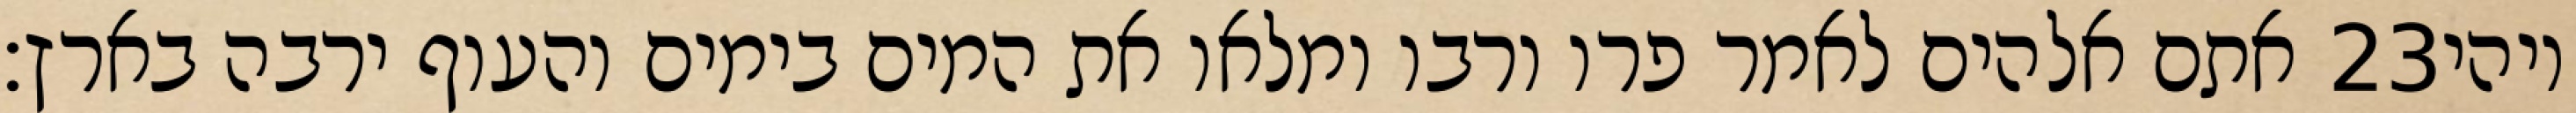
אתם אלהים לאמר פרו ורבו ומלאו את המים בימים והעוף ירבה בארץ׃ ‎23‏ ויהי